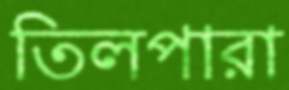
তিলপারা